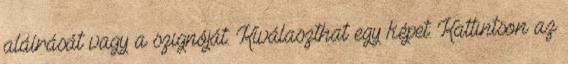
aláírását vagy a szignóját. Kiválaszthat egy képet: Kattintson az